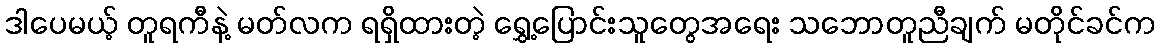
ဒါပေမယ့် တူရကီနဲ့ မတ်လက ရရှိထားတဲ့ ရွှေ့ပြောင်းသူတွေအရေး သဘောတူညီချက် မတိုင်ခင်က